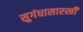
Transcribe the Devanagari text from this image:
सुगंधासारखी